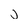
Character: J